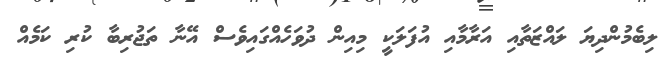
ލިބެމުންދިޔަ ލައްޒަތާއި އަރާމާއި އުފަލަކީ މިއިން ދުވަހެއްގައިވެސް އޭނާ ތަޖުރިބާ ކުރި ކަމެއް